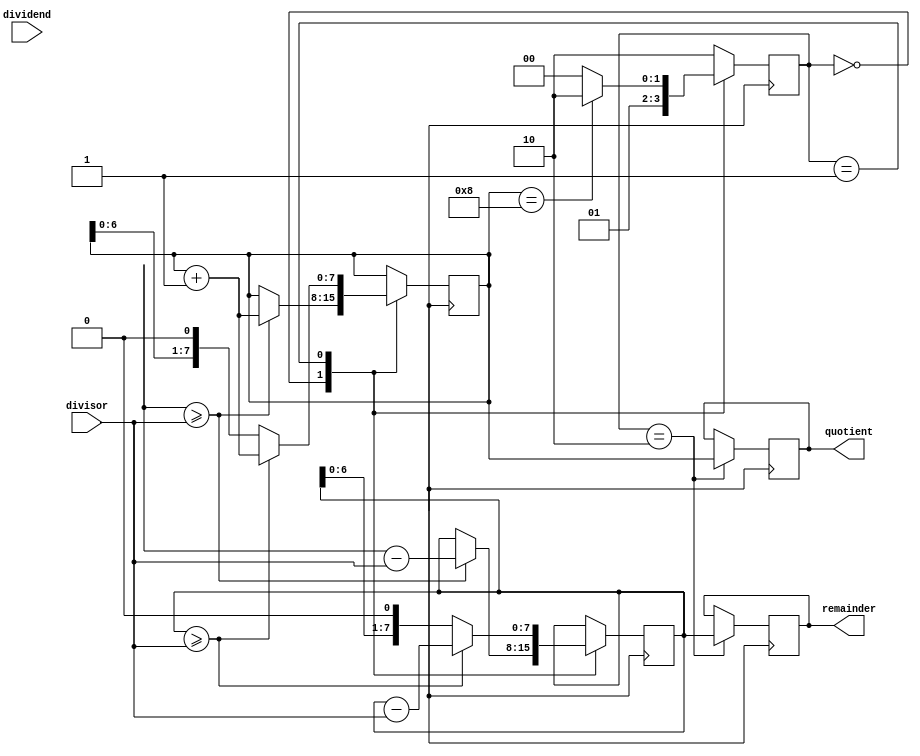
module restoring_divider (
    input wire [7:0] dividend,
    input wire [7:0] divisor,
    output reg [7:0] quotient,
    output reg [7:0] remainder
);

reg [7:0] temp_dividend;
reg [7:0] temp_quotient;
reg [7:0] temp_remainder;
reg [1:0] state;

always @ (posedge clk) begin
    case (state)
        2'b00: begin // Compare dividend and divisor
            if (temp_dividend >= divisor) begin
                temp_remainder <= temp_dividend - divisor;
                temp_quotient <= temp_quotient + 1;
            end
            state <= 2'b01;
        end
        2'b01: begin // Shift temp_remainder and temp_quotient
            temp_remainder <= temp_remainder << 1;
            temp_quotient <= temp_quotient << 1;
            
            if (temp_remainder >= divisor) begin
                temp_remainder <= temp_remainder - divisor;
                temp_quotient <= temp_quotient + 1;
            end
            
            if (temp_quotient == 8) begin
                state <= 2'b10; // Done with division
            end else begin
                state <= 2'b00; // Continue division
            end
        end
        default: begin
            state <= 2'b10; // Done with division
        end
    endcase
    
    if (state == 2'b10) begin
        quotient <= temp_quotient;
        remainder <= temp_remainder;
    end
end

endmodule